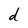
Character: d